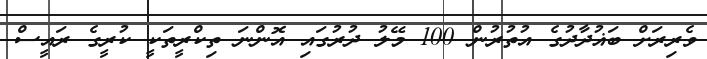
ވެރިރަށް ބަޣުދާދުގެ އުތުރުން 100 މޭލު ދުރުގައި އޮންނަ ތިކްރީތަކީ ކުރީގެ ރައީސް